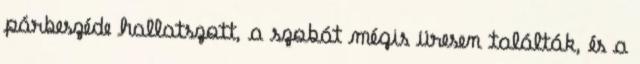
párbeszéde hallatszott, a szobát mégis üresen találták, és a